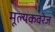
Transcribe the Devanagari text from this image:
मूल्यकवरेज